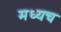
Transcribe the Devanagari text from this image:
मध्यच